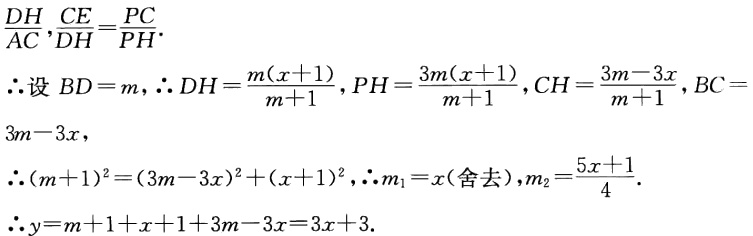
\[

\begin{align*}

&\frac{DH}{AC},\frac{CE}{DH}=\frac{PC}{PH}.\\

&\therefore\text{设 }BD = m,\therefore DH=\frac{m(x + 1)}{m + 1},PH=\frac{3m(x + 1)}{m + 1},CH=\frac{3m-3x}{m + 1},BC=3m - 3x,\\

&\therefore(m + 1)^2=(3m-3x)^2+(x + 1)^2,\therefore m_1=x(\text{舍去}),m_2=\frac{5x + 1}{4}.\\

&\therefore y=m + 1+x + 1+3m-3x=3x + 3.

\end{align*}

\]